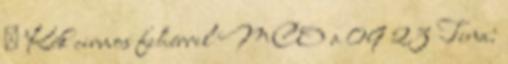
♀ Kék cirmos fehérrel MCO a 09 23 Tina: